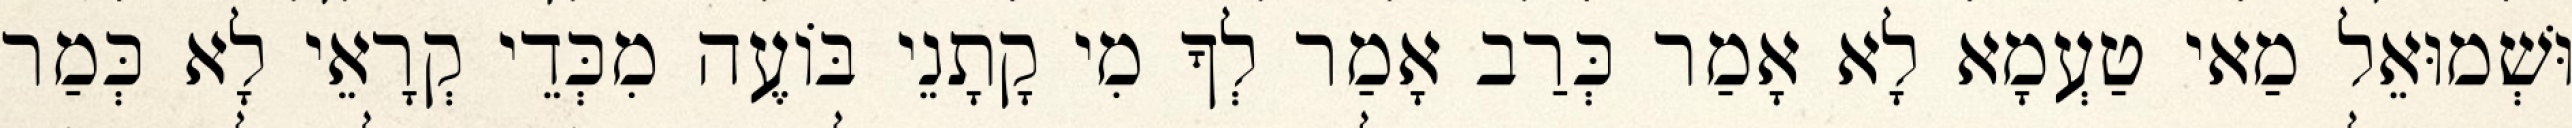
וּשְׁמוּאֵל מַאי טַעְמָא לָא אָמַר כְּרַב אָמַר לְךָ מִי קָתָנֵי בּוֹעֶה מִכְּדֵי קְרָאֵי לָא כְּמַר